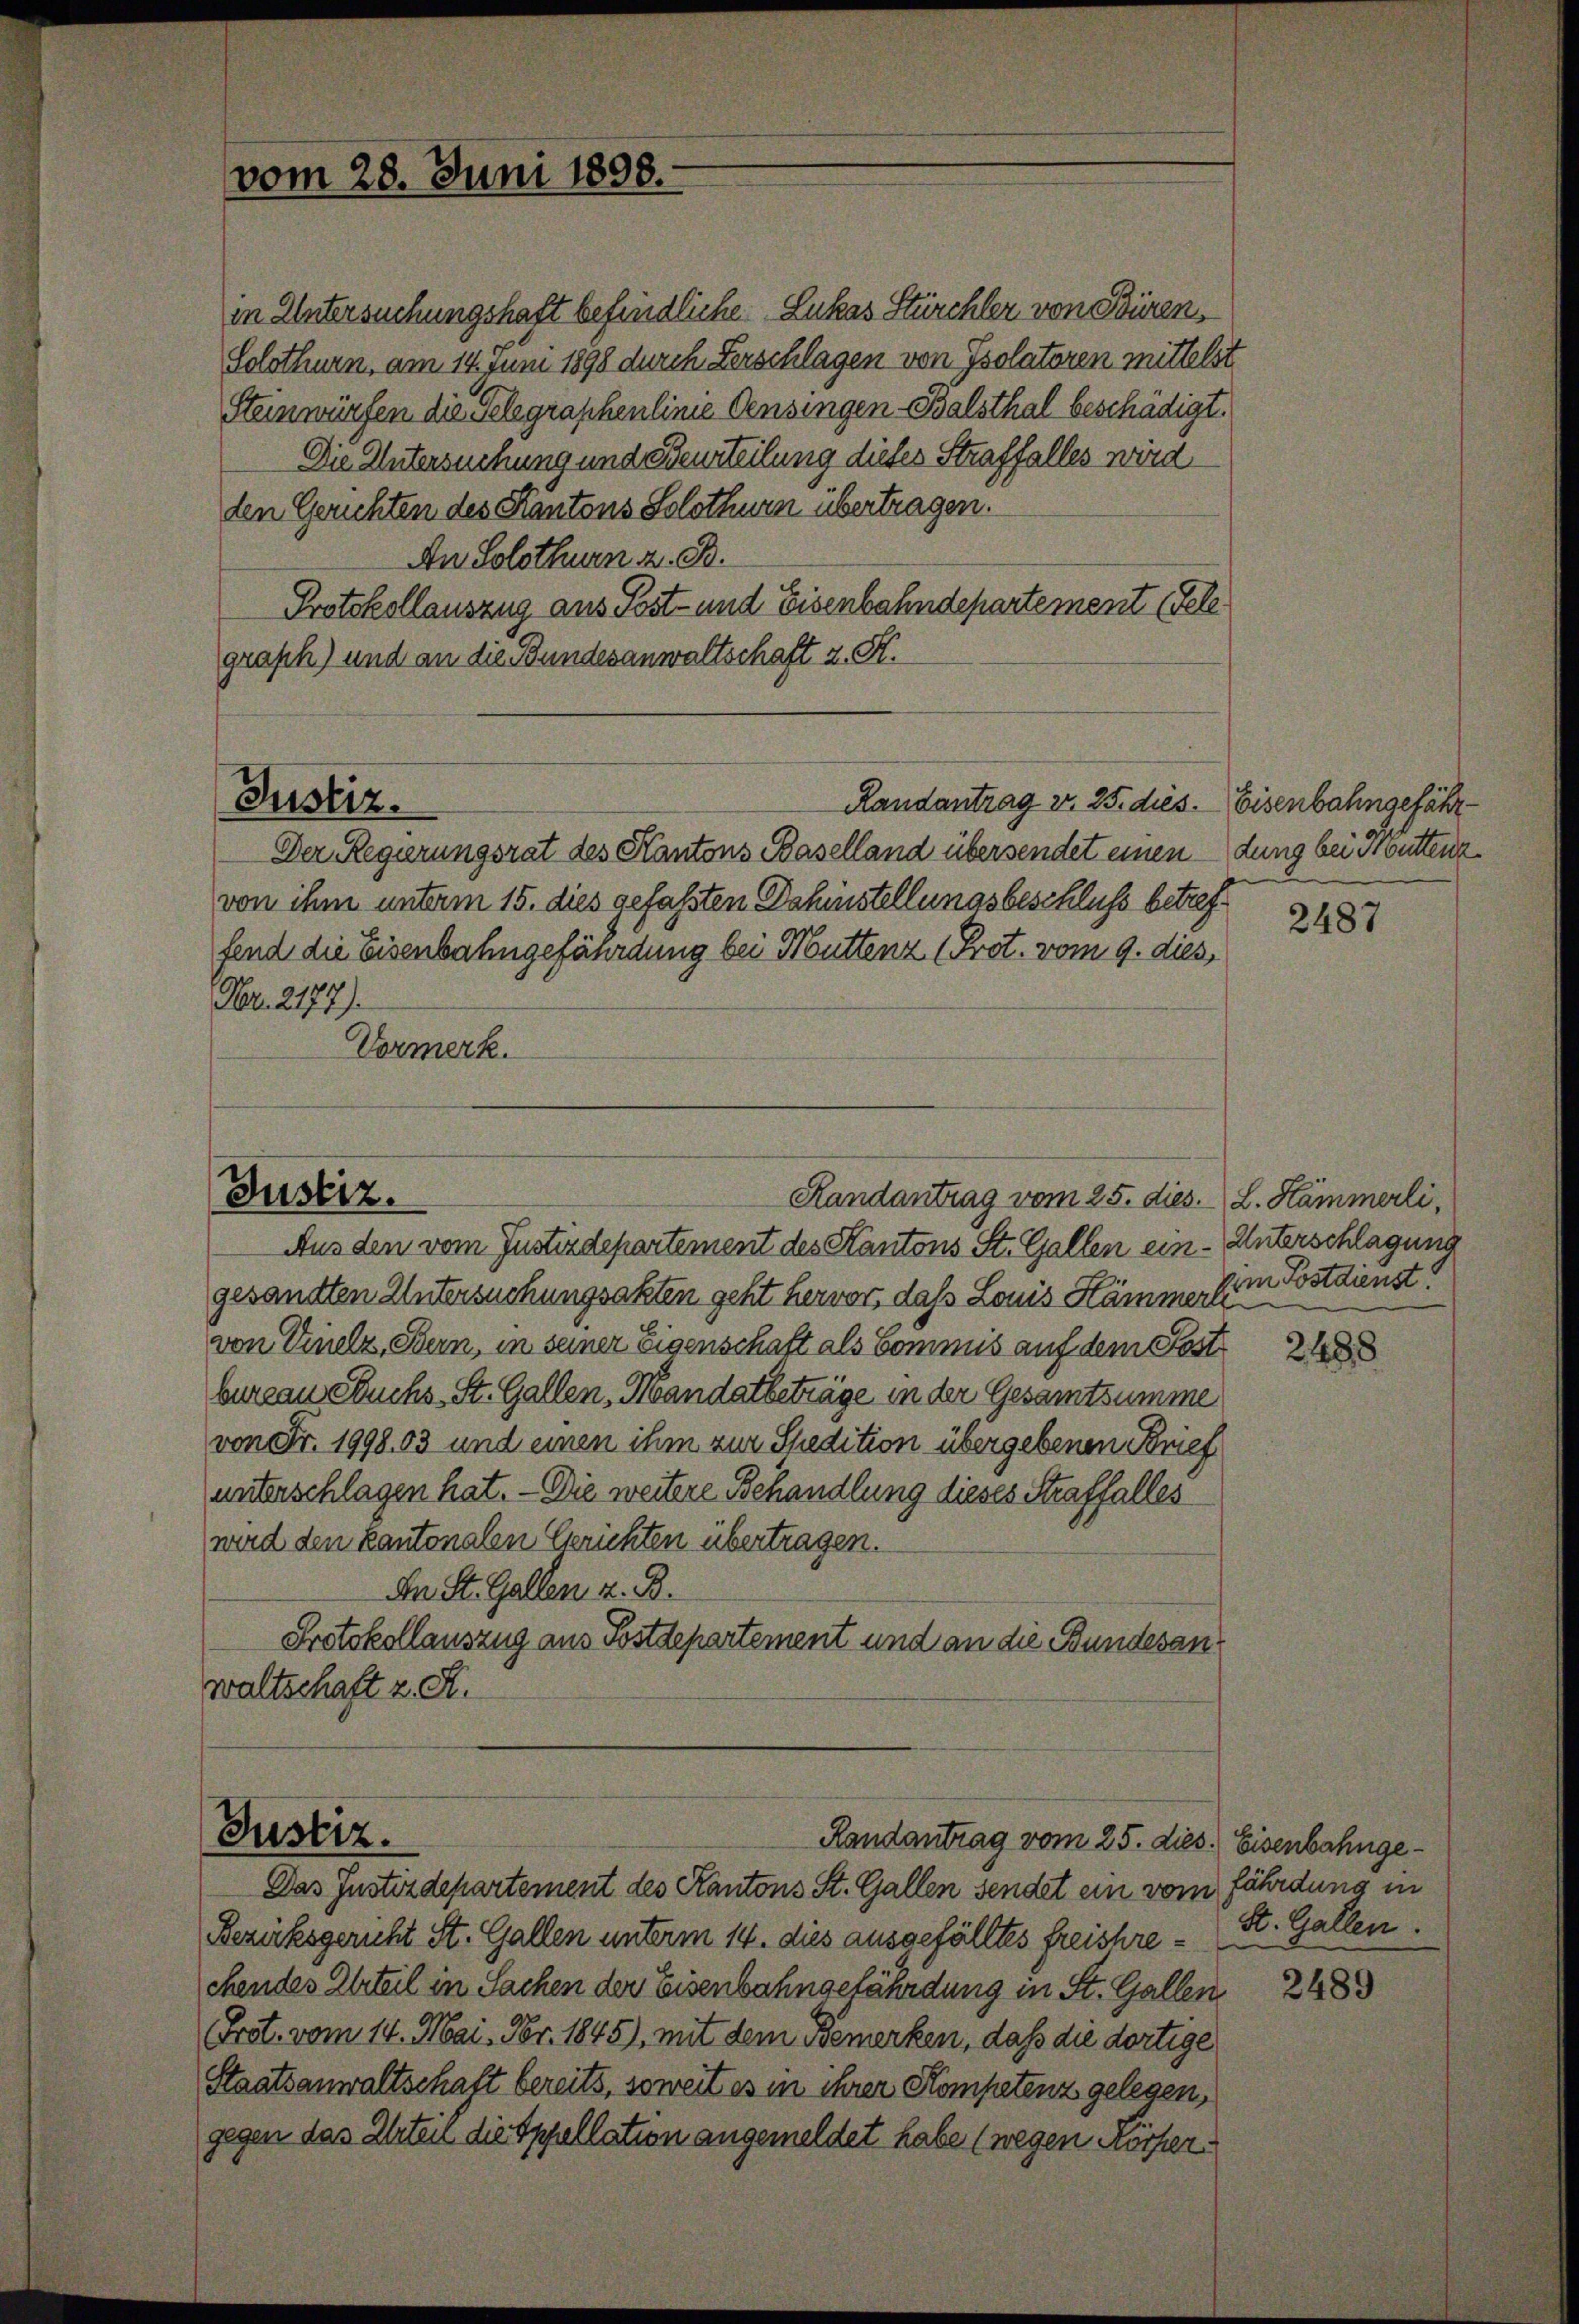
vom 28. Juni 1898.

Justiz.
Randantrag vom 25. dies. L. Hämmerli,

Justiz.

in Untersuchungshaft befindliche Lukas Stürchler von Bürens
Solothurn, am 14. Juni 1898 durch Zerschlagen von Isolatoren mittelst
Steinwürfen die Gelegraphenlinie densingen Balsthal beschädigt.
Die Untersuchung und Beurteilung dieses Straffalles wird
den Gerichten des Kantons Solothur übertragen.
An Solothurn z. B.
Protokollauszug aus Post- und Eisenbahndepartement (Felegraph) und an die Bundesanwaltschaft z. S.
Randantrag v. 25. dies.
Justiz.
Der Regierungsrat des Kantons Baselland übersendet einen
von ihm unterm 15. dies gefaßten Dahinstellungsbeschluss betreffend die Eisenbahngefährdung bei Muttenz (Prot. vom 9. dies,
Fr. 2177).
Vormerk.

Randantrag vom 25. dies. Eisenbahnge¬

Aus den vom Justizdepartement des Kantons St. Gallen ein - Unterschlagung
gesandten Untersuchungsakten geht hervor, daß Louis Hämmer Ein Postdienst
von Vinelz, Bern, in seiner Eigenschaft als Commis auf dem Postbureau suchs, St. Gallen, Mandatbeträge in der Gesamtsumme
von Fr. 1998,03 und einen ihm zur Spedition übergebenen Brief
unterschlagen hat. — Die weitere Behandlung dieses Straffalles
wird den kantonalen Gerichten übertragen.
An St. Gallen z. B.
Protokollauszug aus Postdepartement und an die Bundesanwaltschaft z. S.

Das Justizdepartement des Kantons St. Gallen sendet ein vom
Bezirksgericht St. Gallen unterm 14. dies ausgefälltes freishrechendes Urteil in Sachen der Eisenbahngefährdung in St. Gallen
(Frot. vom 14. Mai. Fr. 1845), mit dem Bemerken, daß die dortige
Staatsanwaltschaft bereits, soweit es in ihrer Kompetenz gelegen,
gegen das Urteil die Appellation angemeldet habe (wegen Körper¬

Eisenbahngefährdung bei Muttenz

2487

2488

fährdung in
St. Gallen.

2489